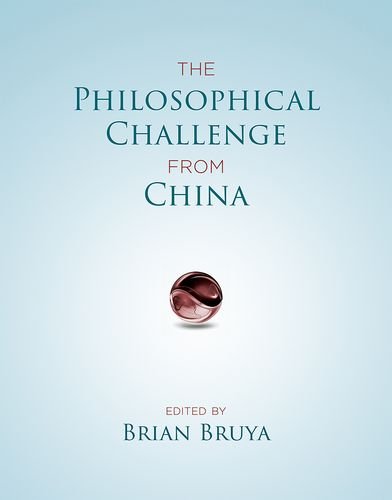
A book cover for The Philosophical Challenge from China; Politics & Social Sciences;